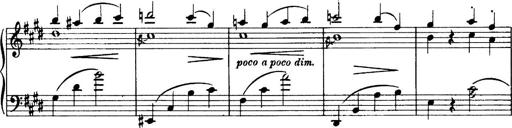
Title: 3 Sonatinas, Op.67
Composer: Jean Sibelius